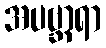
အပဗ္ဘာရာ